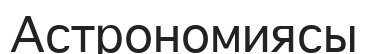
Астрономиясы